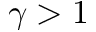
\gamma > 1